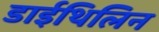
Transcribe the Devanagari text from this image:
डाईथिलिन